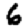
Digit: 6